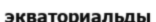
экваториальды